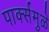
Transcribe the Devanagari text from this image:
पार्क्समुळे